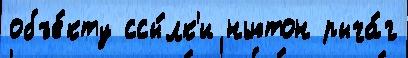
объе́кту ссы́лк'и ньютон рыча́г